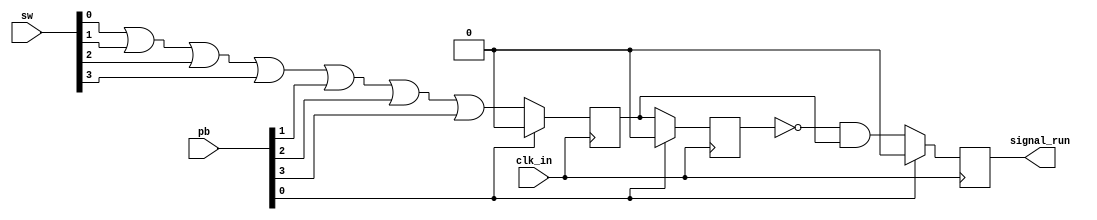
`timescale 1ns / 1ps
//////////////////////////////////////////////////////////////////////////////////
// Module Name: synchronizer
// By Kushalta Paudel
//////////////////////////////////////////////////////////////////////////////////

module edge_to_pulse (
    input clk_in,
    input [3:0] sw, pb,
	output reg signal_run
    );   

	reg signal_d, Out, fall;
	
// Initialization
initial
    begin
        signal_d = 1'b0;
		Out = 1'b0;
		signal_run = 1'b0;
        fall = 1'b0;
    end

	
always @(posedge clk_in)
	if(pb[0])
		begin
			Out <= 1'b0;
			signal_d <= 1'b0;
			signal_run <= 1'b0;
			fall <= 1'b0;
		end
	else
		begin
		  
			signal_d <= sw[0] | sw[1] | sw[2] | sw[3] | pb[1] | pb[2] | pb[3];
			Out <= signal_d;
			fall = Out & (!signal_d);
		    signal_run = (!Out) & signal_d;
		end	

endmodule